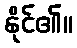
နိုင်၏။